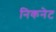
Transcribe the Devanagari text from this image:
निकनेट